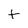
Character: t